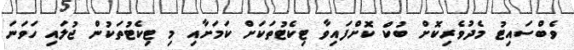
ވެބްސައިޓު މެދުވެރިކޮށް ބުކް ކޮށްފައިވާ ޓިކެޓުތަކަށް ކަމަށާއި މި ޓިކެޓުތަކުން ޖުލައި ހަވަނަ